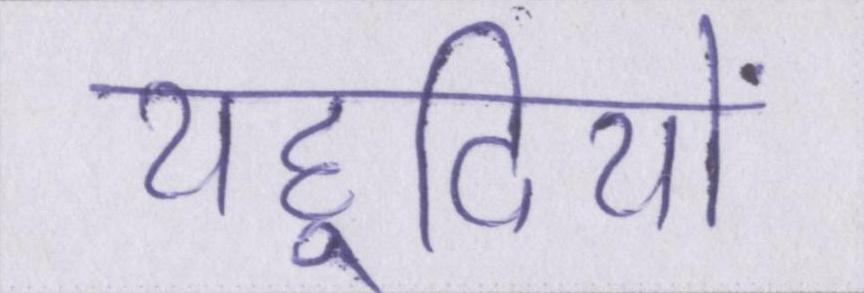
यहूदियों